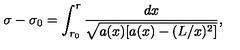
\sigma - \sigma _ { 0 } = \int _ { r _ { 0 } } ^ { r } \frac { d x } { \sqrt { a ( x ) [ a ( x ) - ( L / x ) ^ { 2 } ] } } ,